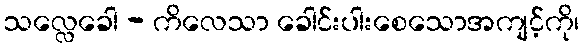
သလ္လေခေါ - ကိလေသာ ခေါင်းပါးစေသောအကျင့်ကို၊